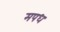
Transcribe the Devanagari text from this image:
मपध